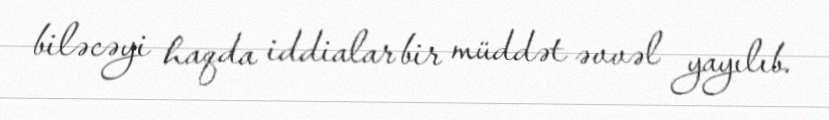
biləcəyi haqda iddialar bir müddət əvvəl yayılıb.